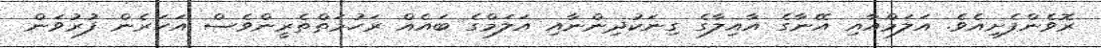
ރޮވެންފެށިއެވެ. އަލަމްއާއި އޭނާގެ އާއިލާގެ ގިނަކުދިންނާއި އަލަމްގެ ބައެއް ރަހުމަތްތެރީންވެސް އަހަރެން ފުރުވަން